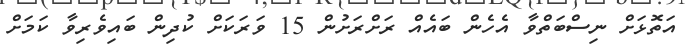
އަތޮޅަށް ނިސްބަތްވާ އެހެން ބައެއް ރަށްރަށުން 15 ވަރަކަށް ކުދިން ބައިވެރިވާ ކަމަށް